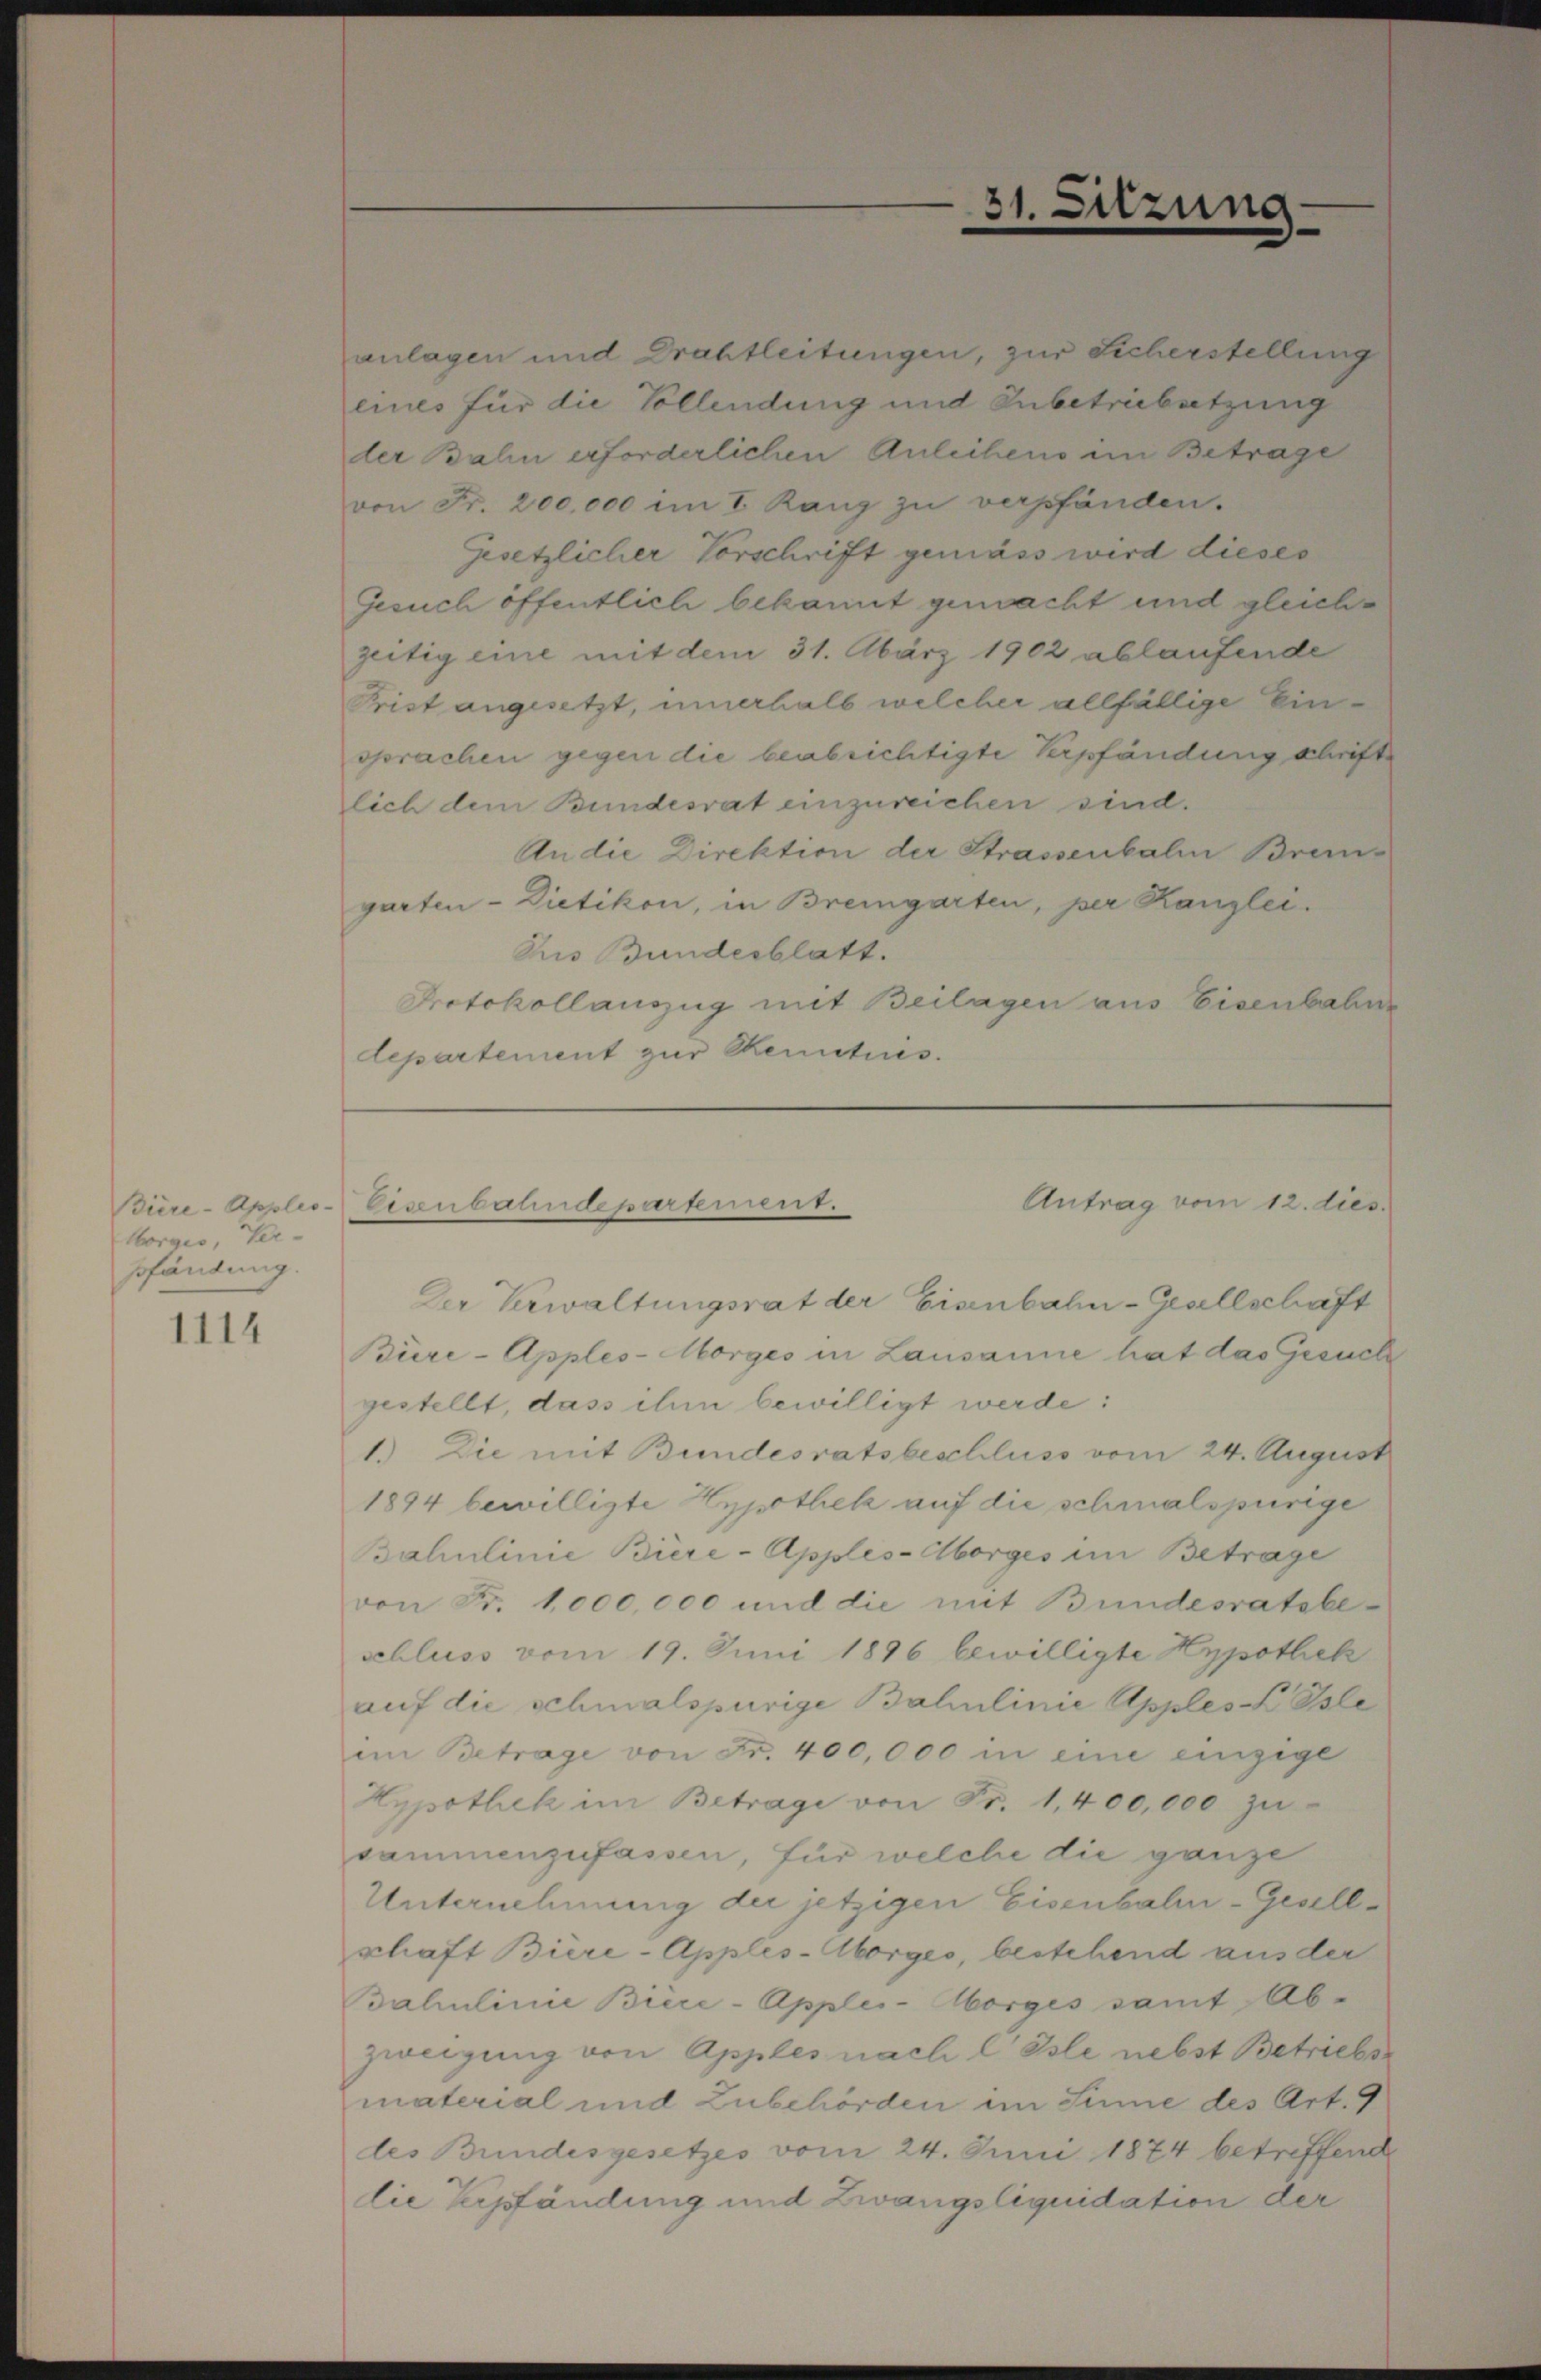
Biere-Apples-
Morges, Ver-
sfändung.

1114

31.

anlagen und Drahtleitungen, zur Sicherstellung
eines für die Vollendung und Inbetriebetzung
der Bahn erforderlichen Anleihens im Betrage
von Fr. 200,000 im I. Rang zu verpfänden.
Gesetzlicher Vorschrift gemäss wird dieses
Gesuch öffentlich bekannt gemacht und gleichzeitig eine mit dem 31. März 1902 ablaufende
Prist angesetzt, innerhalb welcher allfällige Einsprachen gegen die beabsichtigte Verpfändung schrift
lich dem Bundesrat einzureichen sind.
An die Direktion der Strassenbalm Bremgarten- Dietikon, in Bremgarten, per Kanzlei.
Aus Bundesblatt.
Protokollanzug mit Beilagen aus Eisenbahne
departement zur Kenntnis.

Sitzung

Antrag vom 12. dies
Eisenbahndepartement.

Der Verwaltungsrat der Eisenbahn-Gesellschaft
Büre-Apples-Morges in Lausanne hat das Gesuch
gestellt, dass ihm bewilligt werde:
1.) Die mit Bundesratsbeschluss vom 24. August
1894 bewilligte Hypothek auf die schmalspurige
Bahulinie Biere-Apples-Morges im Betrage
von Fr. 1000,000 und die mit Bundesratsbeschluss vom 19. Juni 1896 bewilligte Hypothek
auf die schmalspurige Bahnlinie Apples Isle
im Betrage von Fr. 400,000 in eine einzige
Hypothek im Betrage von Fr. 1,400,000 zu
sammenzufassen, für welche die ganze
Unternehmung der jetzigen Eisenbahn-Gesellschaft Biere-Apples-Oborges, bestehend aus der
ahulinie Biere-Apples-Aborges samt Abzweigung von Apples nach l Isle nebst Betriebs
material und Zubehörden im Sinne des Art. 9
des Bundesgesetzes vom 24. Juni 1874 betreffend
die Zupfändung und Zwangsliquidation der